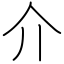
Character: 介